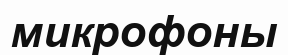
микрофоны